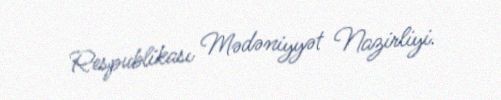
Respublikası Mədəniyyət Nazirliyi.